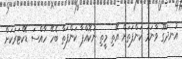
އުނދަގޫ ވާނަމަ ކަންފަތަށް އޭތި މީތި ނުކޮއްޕާ ކަންފަތާ ބެހޭ ހާއްސަ ޑޮކްޓަރަކަށް